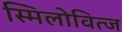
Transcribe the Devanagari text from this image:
स्मिलोवित्ज